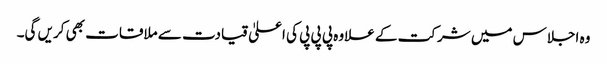
وہ اجلاس میں شرکت کے علاوہ پی پی پی کی اعلیٰ قیادت سے ملاقات بھی کریں گی۔